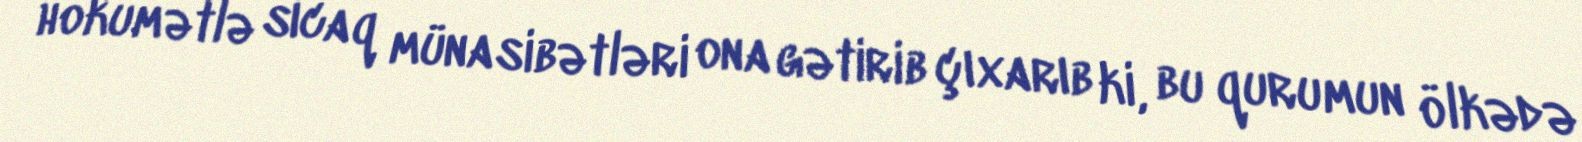
hökumətlə sıcaq münasibətləri ona gətirib çıxarıb ki, bu qurumun ölkədə